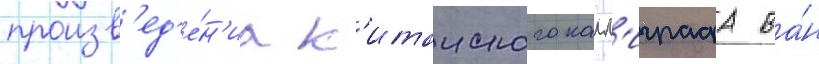
произв'ед'е́н'иа к'итаиского калл'играфа ва́н